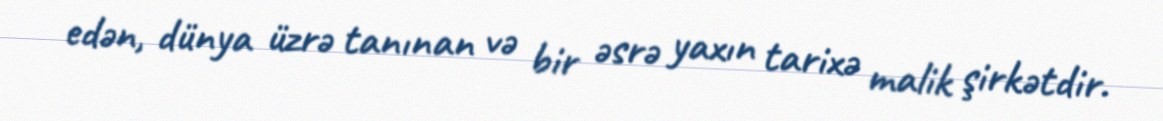
edən, dünya üzrə tanınan və bir əsrə yaxın tarixə malik şirkətdir.